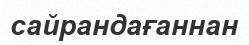
сайрандағаннан